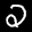
Label: 2